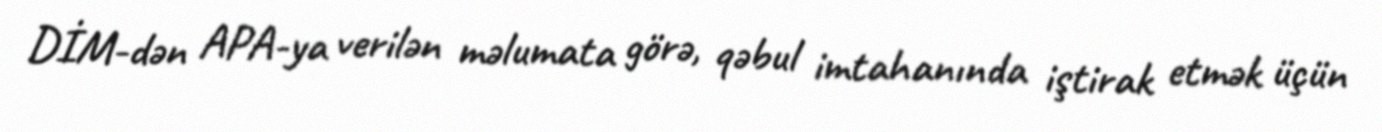
DİM-dən APA-ya verilən məlumata görə, qəbul imtahanında iştirak etmək üçün